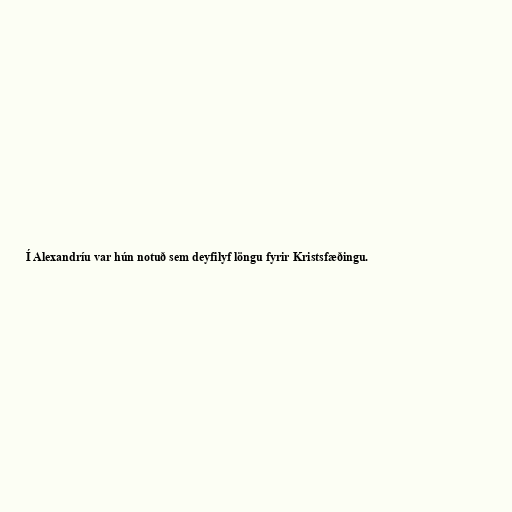
Í Alexandríu var hún notuð sem deyfilyf löngu fyrir Kristsfæðingu.